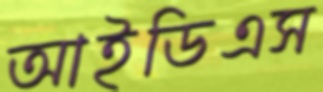
আইডিএস